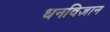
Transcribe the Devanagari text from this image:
धनविज्ञान